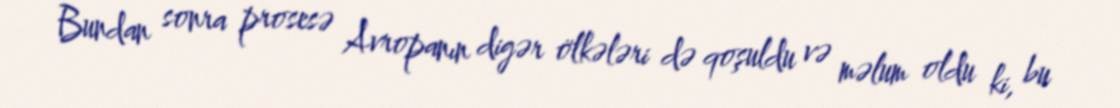
Bundan sonra prosesə Avropanın digər ölkələri də qoşuldu və məlum oldu ki, bu